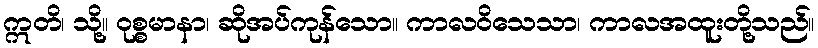
ဣတိ၊ သို့။ ဝုစ္စမာနာ၊ ဆိုအပ်ကုန်သော။ ကာလဝိသေသာ၊ ကာလအထူးတို့သည်။